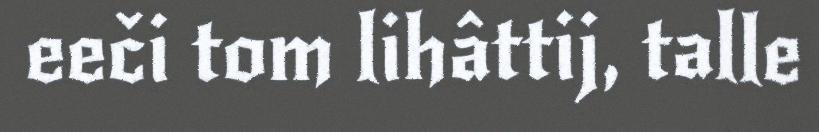
eeči tom lihâttij, talle